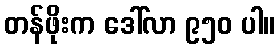
တန်ဖိုးက ဒေါ်လာ ၉၅၀ ပါ။